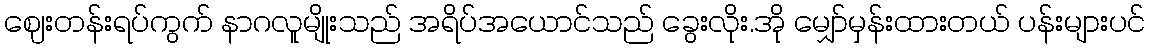
ဈေးတန်းရပ်ကွက် နာဂလူမျိုးသည် အရိပ်အယောင်သည် ခွေးလိုး.အို မျှော်မှန်းထားတယ် ပန်းများပင်